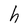
Character: h